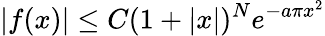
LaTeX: |f(x)|\leq C(1+|x|)^{N}e^{-a\pi x^{2}}